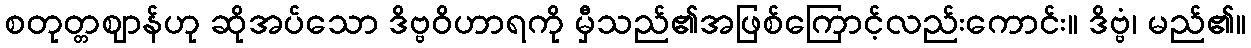
စတုတ္တဈာန်ဟု ဆိုအပ်သော ဒိဗ္ဗဝိဟာရကို မှီသည်၏အဖြစ်ကြောင့်လည်းကောင်း။ ဒိဗ္ဗံ၊ မည်၏။